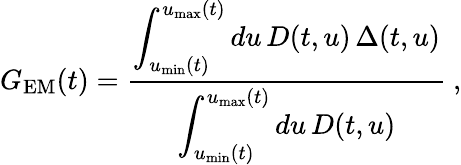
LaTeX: G_{\mathrm{EM}}(t)=\frac{\displaystyle\int_{u_{\mathrm{min}}(t)}^{u_{\mathrm{max}}(t)}du\, D(t,u)\, \Delta(t,u)}{\displaystyle\int_{u_{\mathrm{min}}(t)}^{u_{\mathrm{max}}(t)}du\, D(t,u)}~,